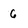
Character: 6